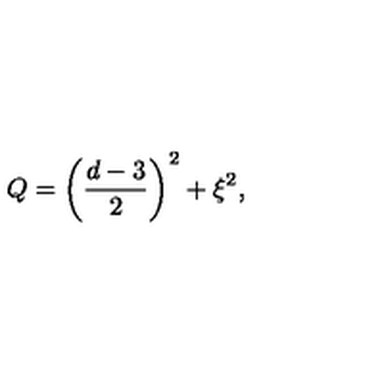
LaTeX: Q = \left( \frac { d - 3 } { 2 } \right) ^ { 2 } + \xi ^ { 2 } ,